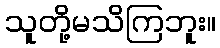
သူတို့မသိကြဘူး။